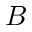
B